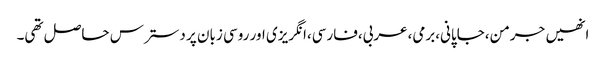
انھیں جرمن،جاپانی،برمی،عربی،فارسی،انگریزی اور روسی زبان پر دسترس حاصل تھی۔